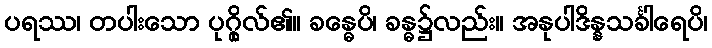
ပရဿ၊ တပါးသော ပုဂ္ဂိုလ်၏။ ခန္ဓေပိ၊ ခန္ဓ၌လည်း။ အနုပါဒိန္နသင်္ခါရေပိ၊